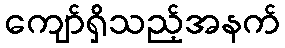
ကျော်ရှိသည့်အနက်